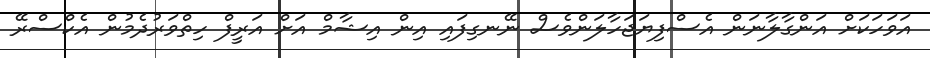
އަވަހަކަށް އަންގާލާނަން އެސްފިޔަޖަހާލަންވެސް ނޭނގިފައި އިން އިޝާމް އަށް އަރީފް ހިތްވަރުދެމުން އެކްސްރޭ